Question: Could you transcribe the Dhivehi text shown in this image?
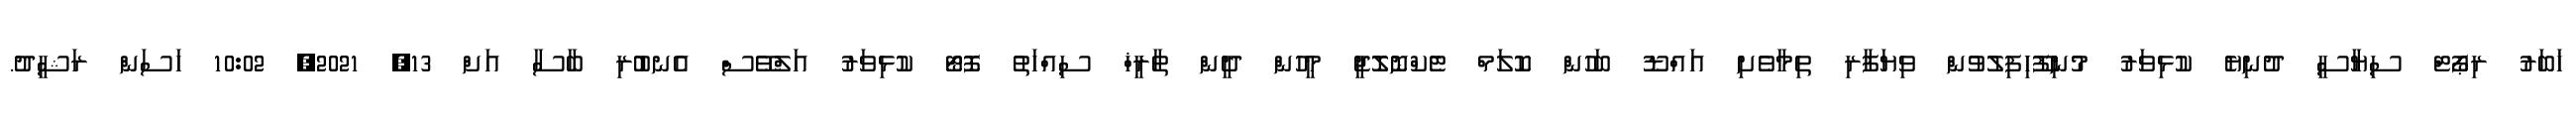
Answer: ޚަބަރު ރިޕޯޓް ސިޔާސީ ދުނިޔެ ކުޅިވަރު މުނިފޫހިފިލުވުން ވިޔަފާރި ތިމާވެށި އައްޑޫ ބަހުން ކޮލަމް ޓެކްނޮލޮޖީ މީހުން ދީން ތާރީޚް ސިއްހަތު ފޮޓޯ ކުޅިވަރު އަލްވޭސް އެނބުރި ބާސާ އަށް 13, 2021, 10:02 ހަސަން ރަޝީދު.